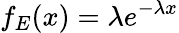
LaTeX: f_{E}(x)=\lambda e^{-\lambda x}